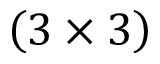
\left( 3 \times 3 \right)